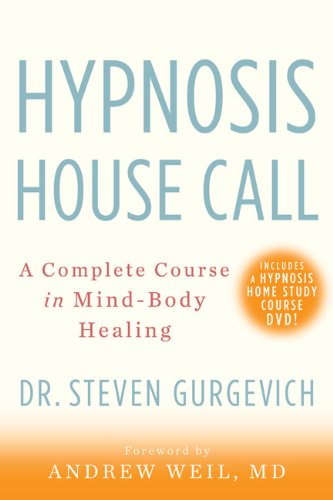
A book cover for Hypnosis House Call: A Complete Course in Mind-Body Healing; Steven Gurgevich MD; Self-Help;